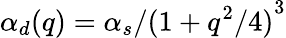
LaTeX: \alpha_{d}(q)=\alpha_{s}/{(1+q^{2}/4)}^{3}